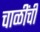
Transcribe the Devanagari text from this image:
चाळींची